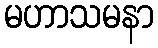
မဟာသမနာ